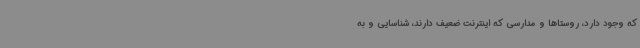
که وجود دارد، روستاها و مدارسی که اینترنت ضعیف دارند، شناسایی و به